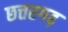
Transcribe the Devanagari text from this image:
छत्तरगढ़